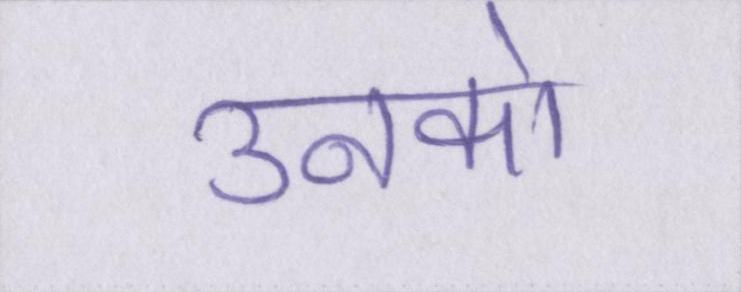
उनको